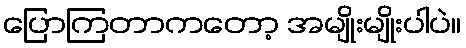
ပြောကြတာကတော့ အမျိုးမျိုးပါပဲ။